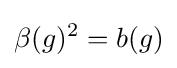
\beta (g)^{2}=b(g)